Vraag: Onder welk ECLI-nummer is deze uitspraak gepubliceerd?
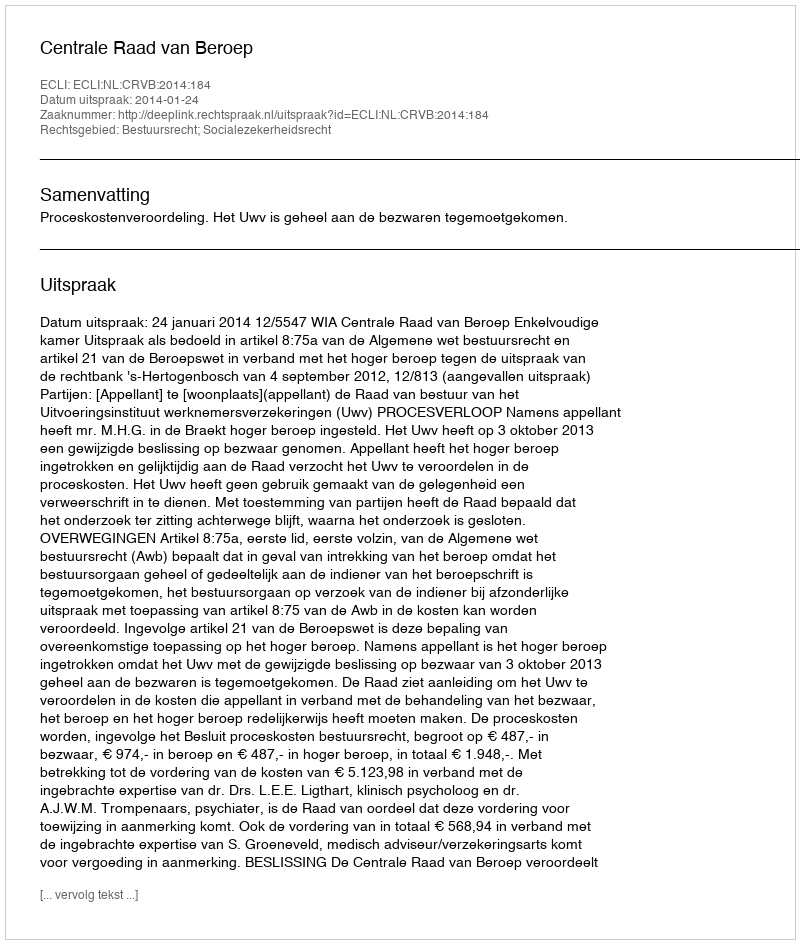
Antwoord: ECLI:NL:CRVB:2014:184